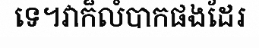
ទេ។វាក៏លំបាកផងដែរ